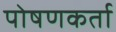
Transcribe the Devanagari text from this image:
पोषणकर्ता